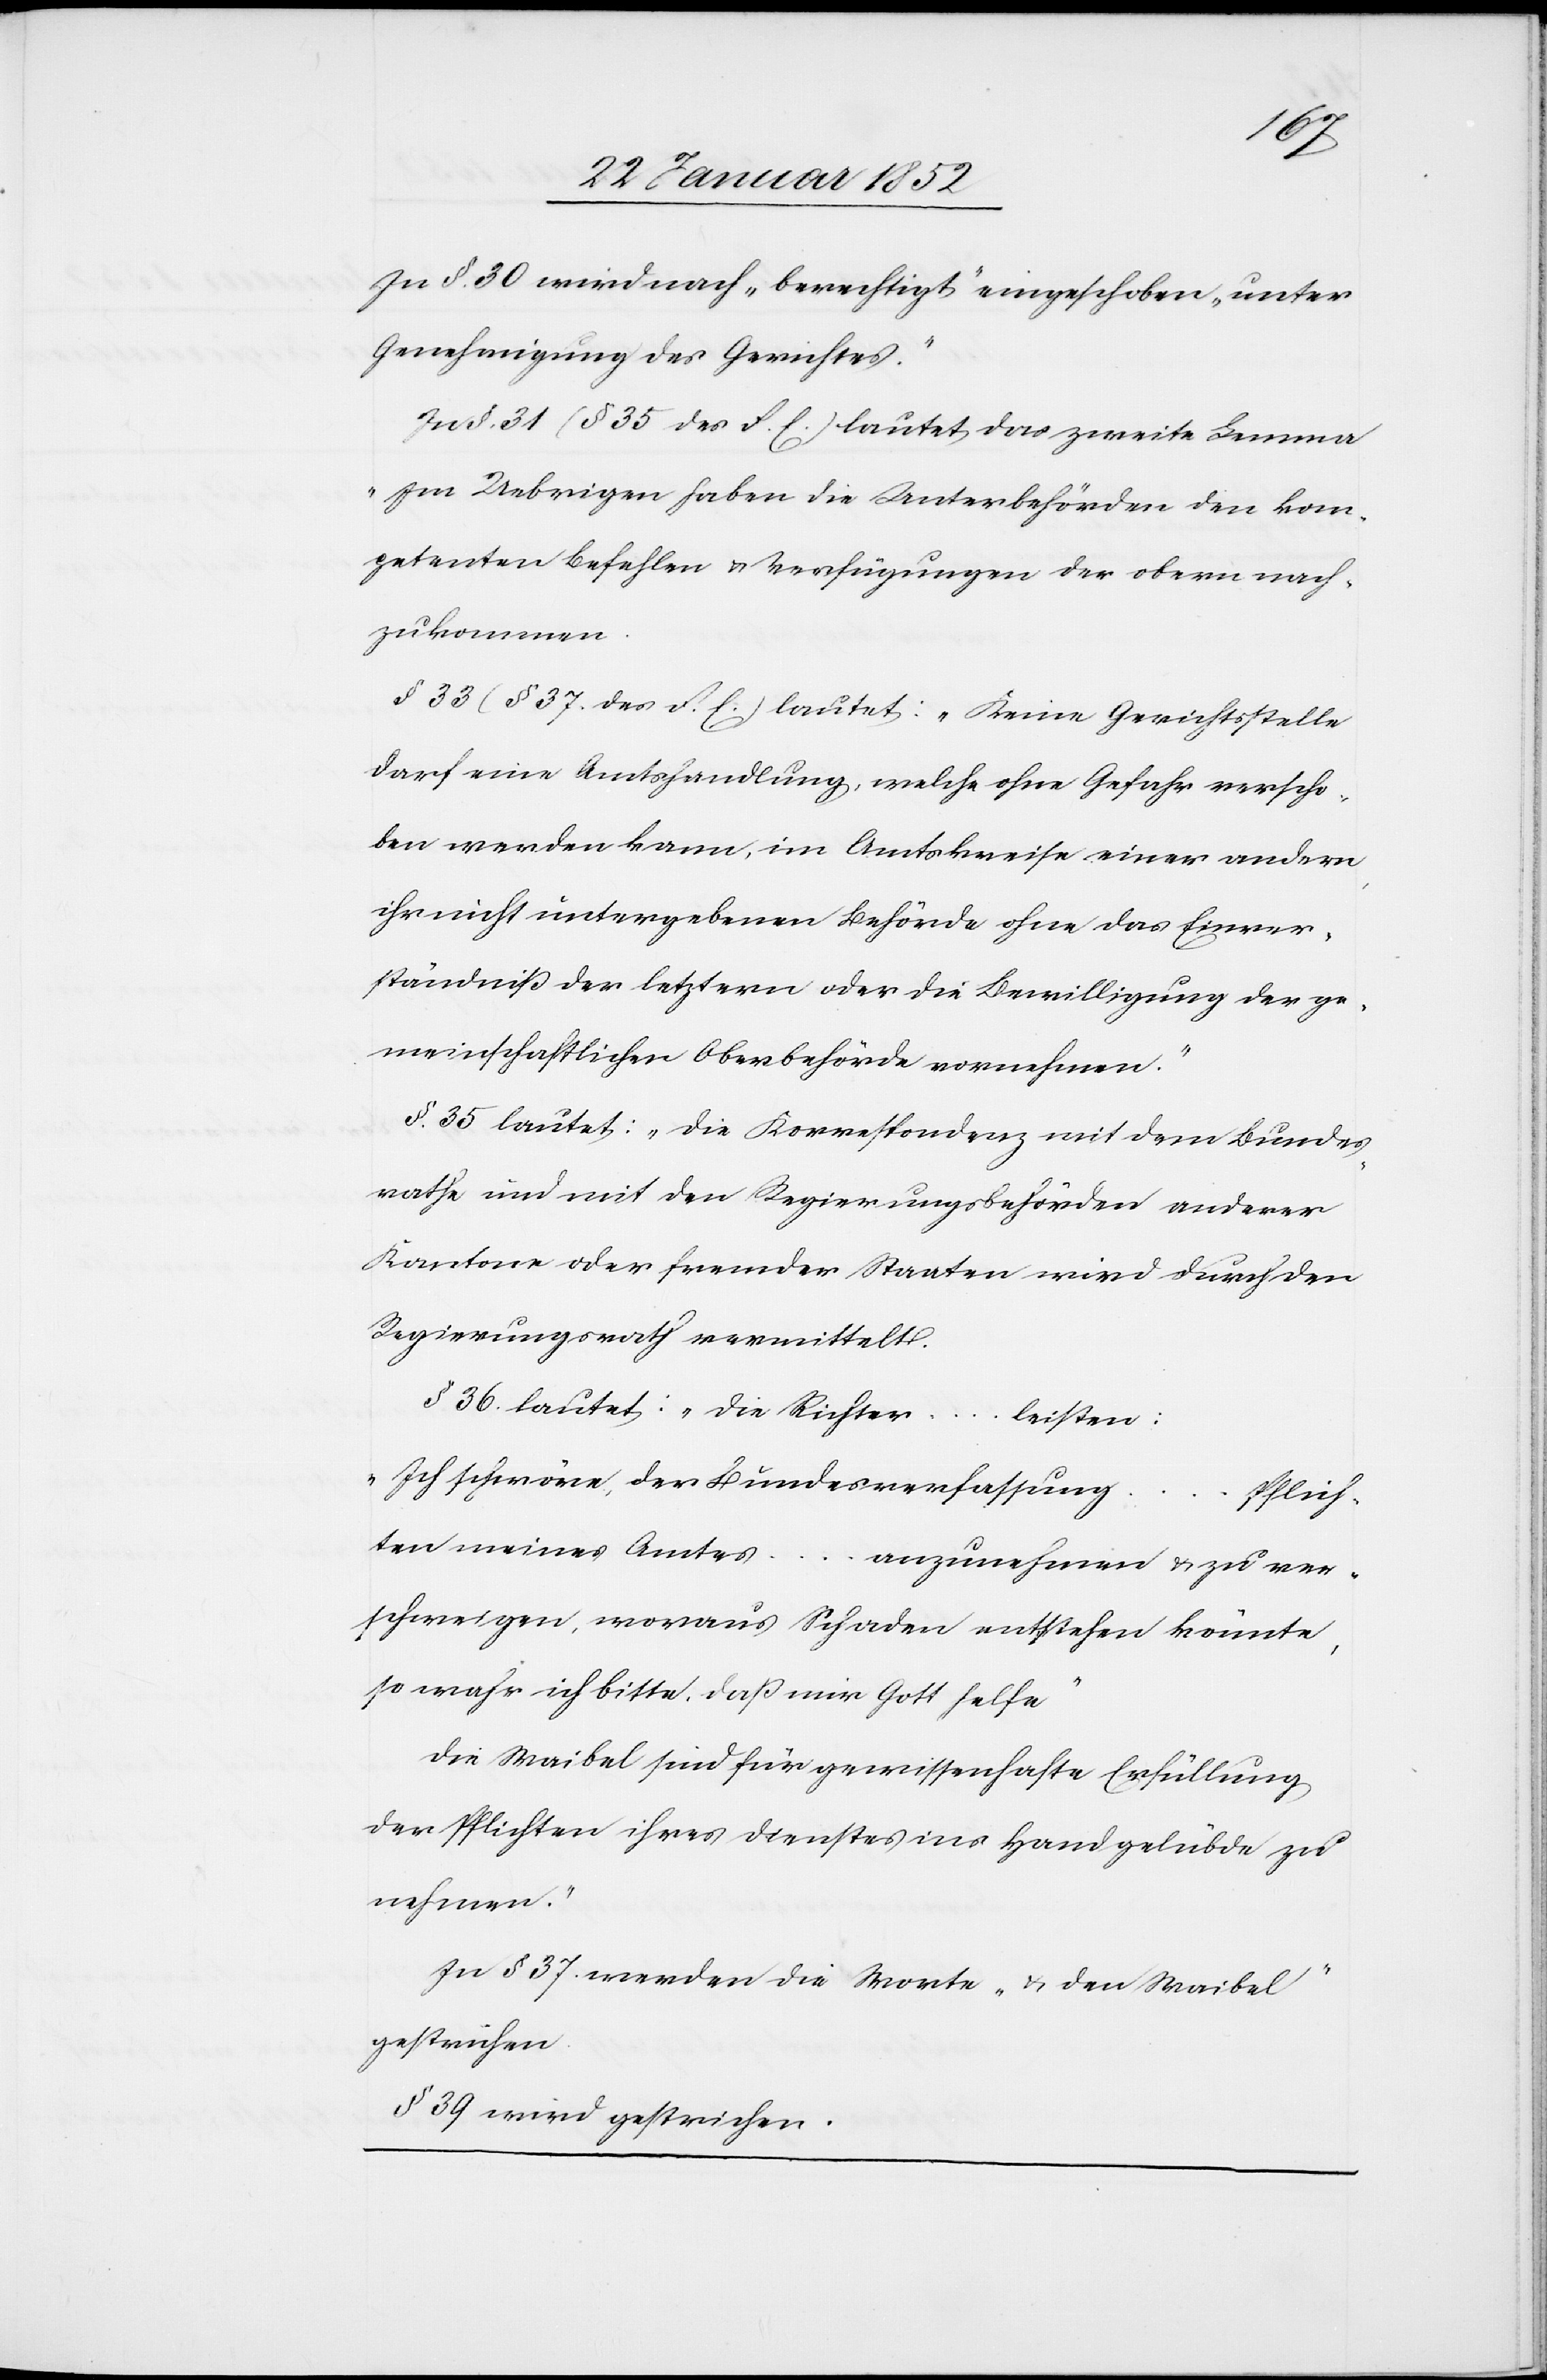
In §. 30 wird nach „berechtigt“ eingeschoben „unter
Genehmigung des Gerichtes.“
In §. 31 (§ 35 des F. E.) lautet das zweite Lemma
„Im Uebrigen haben die Unterbehörden den kom¬
petenten Befehlen u. Verfügungen der obern nach¬
zukommen.[“]
§ 33 (§ 37. des F. E.) lautet: „Seine Gerichtsstelle
darf eine Amtshandlung, welche ohne Gefahr verscho¬
ben werden kann, im Amtskreise einer andern
ihr nicht untergebenen Behörde ohne das Einver¬
ständniß der letztern oder die Bewilligung der ge¬
meinschaftlichen Oberbehörde vornehmen.“
§. 35 lautet: „die Korrespondenz mit dem Bundes¬
rathe und mit den Regierungsbehörden anderer
Kantone oder fremder Staaten wird durch den
Regierungsrath vermittelt.
§ 36. lautet: „die Richter […] leisten:
Ich schwöre des Bundesverfassung
Pflich¬
ten meines Amtes
anzunehmen u. zu ver¬
schweigen, woraus Schaden entstehen könnte,
so wahr ich bitte, daß mir Gott helfe.
Die Waibel sind für gewissenhafte Erfüllung
der Pflichten ihres Dienstes ins Handgelübde zu
nehmen.“
In § 37. werden die Worte „u. den Waibel“
gestrichen.
§ 39 wird gestrichen.